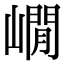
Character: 𡼥